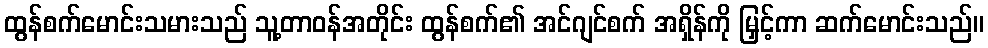
ထွန်စက်မောင်းသမားသည် သူ့တာဝန်အတိုင်း ထွန်စက်၏ အင်ဂျင်စက် အရှိန်ကို မြှင့်ကာ ဆက်မောင်းသည်။